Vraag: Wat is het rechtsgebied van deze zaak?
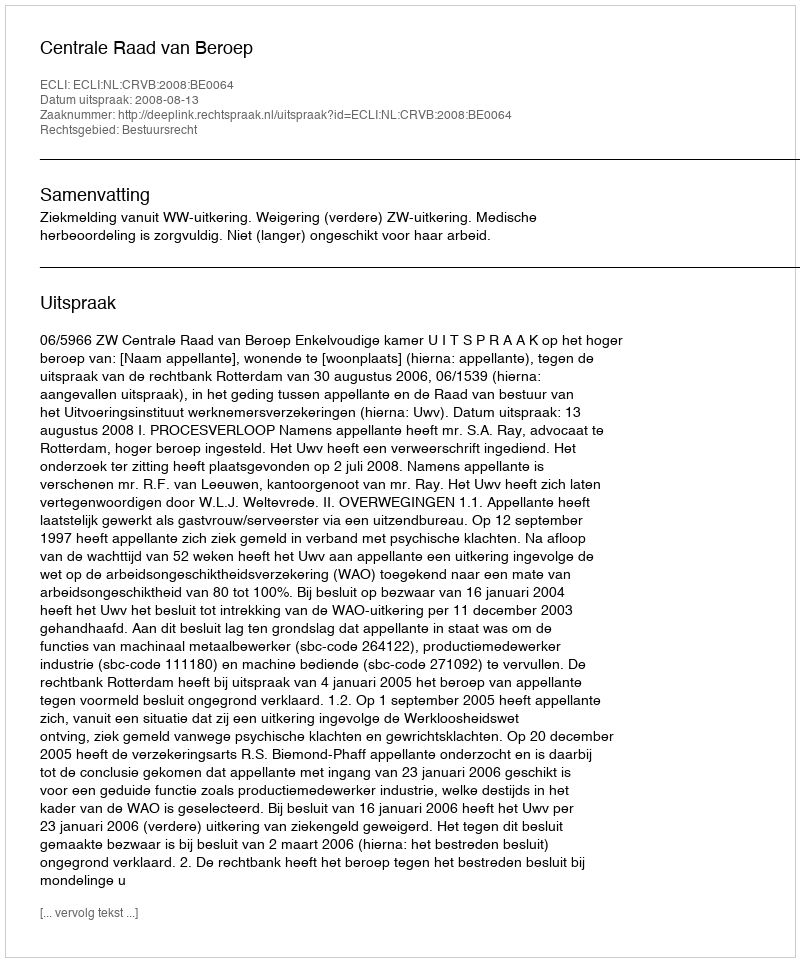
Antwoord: Bestuursrecht